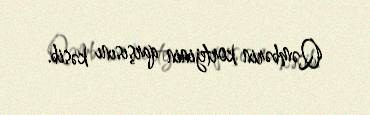
Qəmbərin kortejinin qarşısını kəsib.